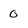
Character: 0